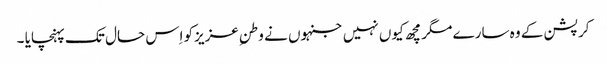
کرپشن کے وہ سارے مگرمچھ کیوں نہیں جنہوں نے وطنِ عزیزکو اِس حال تک پہنچایا ۔